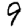
Digit: 9